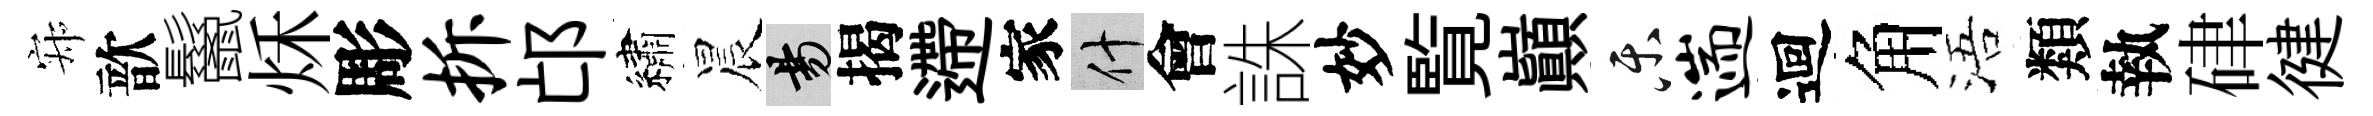
寂歆鬣秌彫拆邙繡晨昜揭遰家什會誅妙覧巔乐遄迴角浯類執硉徤